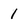
Character: 1